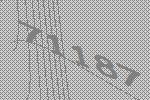
71187